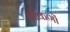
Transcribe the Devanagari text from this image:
ऑंकणों